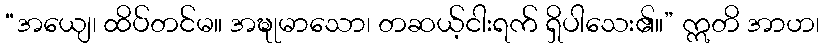
“အယျေ၊ ထိပ်တင်မ။ အဍ္ဎုမာသော၊ တဆယ့်ငါးရက် ရှိပါသေး၏။” ဣတိ အာဟ၊